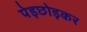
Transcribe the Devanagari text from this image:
पेड़छोड़कर